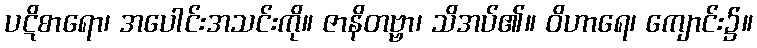
ပဋိစာရော၊ အပေါင်းအသင်းကို။ ဇာနိတဗ္ဗာ၊ သိအပ်၏။ ဝိဟာရေ၊ ကျောင်း၌။